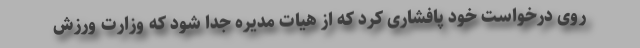
روی درخواست خود پافشاری کرد که از هیات مدیره جدا شود که وزارت ورزش